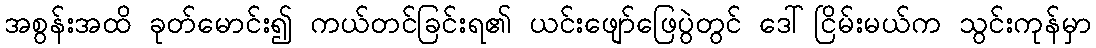
အစွန်းအထိ ခုတ်မောင်း၍ ကယ်တင်ခြင်းရ၏ ယင်းဖျော်ဖြေပွဲတွင် ဒေါ်ငြိမ်းမယ်က သွင်းကုန်မှာ